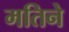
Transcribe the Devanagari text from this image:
मतिने